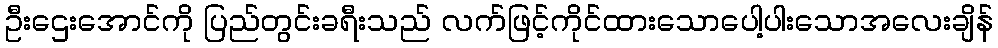
ဦးဌေးအောင်ကို ပြည်တွင်းခရီးသည် လက်ဖြင့်ကိုင်ထားသောပေါ့ပါးသောအလေးချိန်